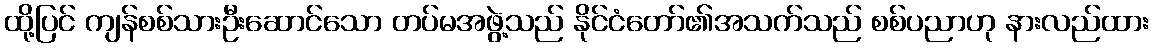
ထို့ပြင် ကျန်စစ်သားဦးဆောင်သော တပ်မအဖွဲ့သည် နိုင်ငံတော်၏အသက်သည် စစ်ပညာဟု နားလည်ထား